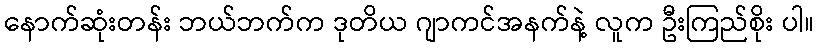
နောက်ဆုံးတန်း ဘယ်ဘက်က ဒုတိယ ဂျာကင်အနက်နဲ့ လူက ဦးကြည်စိုး ပါ။